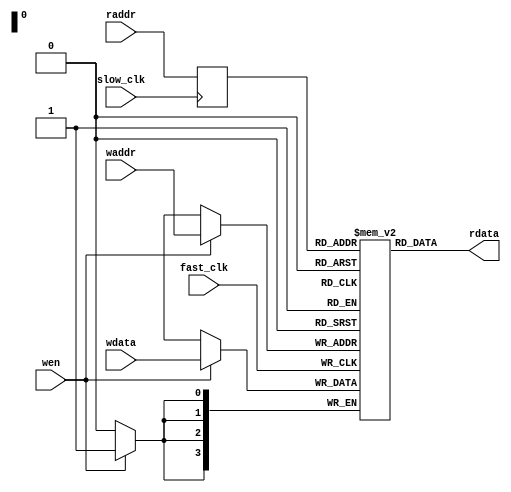
module dut(
	input fast_clk, slow_clk,
	input [3:0] waddr, raddr,
	input [3:0] wdata,
	input wen,
	output [3:0] rdata
);

	reg [3:0] mem[0:15];
	reg [3:0] raddr_reg;

	always @(posedge fast_clk) begin
		if (wen)
			mem[waddr] <= wdata;
	end

	always @(posedge slow_clk)
		raddr_reg <= raddr;

	assign rdata = mem[raddr_reg];
endmodule